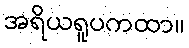
အရိယရူပကထာ။